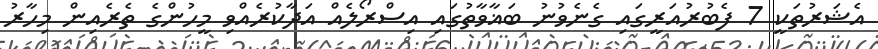
އެޝަރުތަކީ 7 ފެބުރުއަރީގައި ގެނެވުނު ބަޣާވާތުގައި އިސްރޯލެއް އަދާކުރެއްވި މީހުންގެ ތެރެއިން މިހާރު